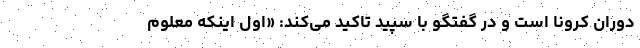
دوران کرونا است و در گفتگو با سپید تاکید می‌کند: «اول اینکه معلوم